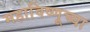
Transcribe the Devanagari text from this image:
महाविष्णूच्या